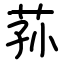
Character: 荪